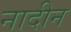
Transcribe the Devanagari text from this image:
नादीन